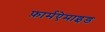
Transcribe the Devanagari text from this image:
फ़ार्मऐमाइड